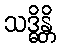
သဒ္ဓိန္တိ